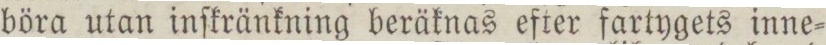
böra utan inſkränkning beräknas efter fartygets inne=